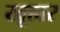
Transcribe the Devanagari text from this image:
खूहार